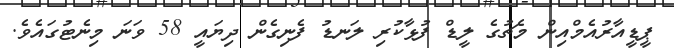
ޕީޑީއާރުއެމްއިން މެޗުގެ ލީޑް ފުޅާކުރި ލަނޑު ފެނިގެން ދިޔައީ 58 ވަނަ މިނެޓުގައެވެ.